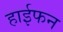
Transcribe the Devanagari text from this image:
हाईफन